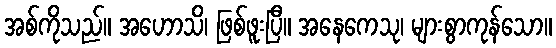
အစ်ကိုသည်။ အဟောသိ၊ ဖြစ်ဖူးပြီ။ အနေကေသု၊ များစွာကုန်သော။